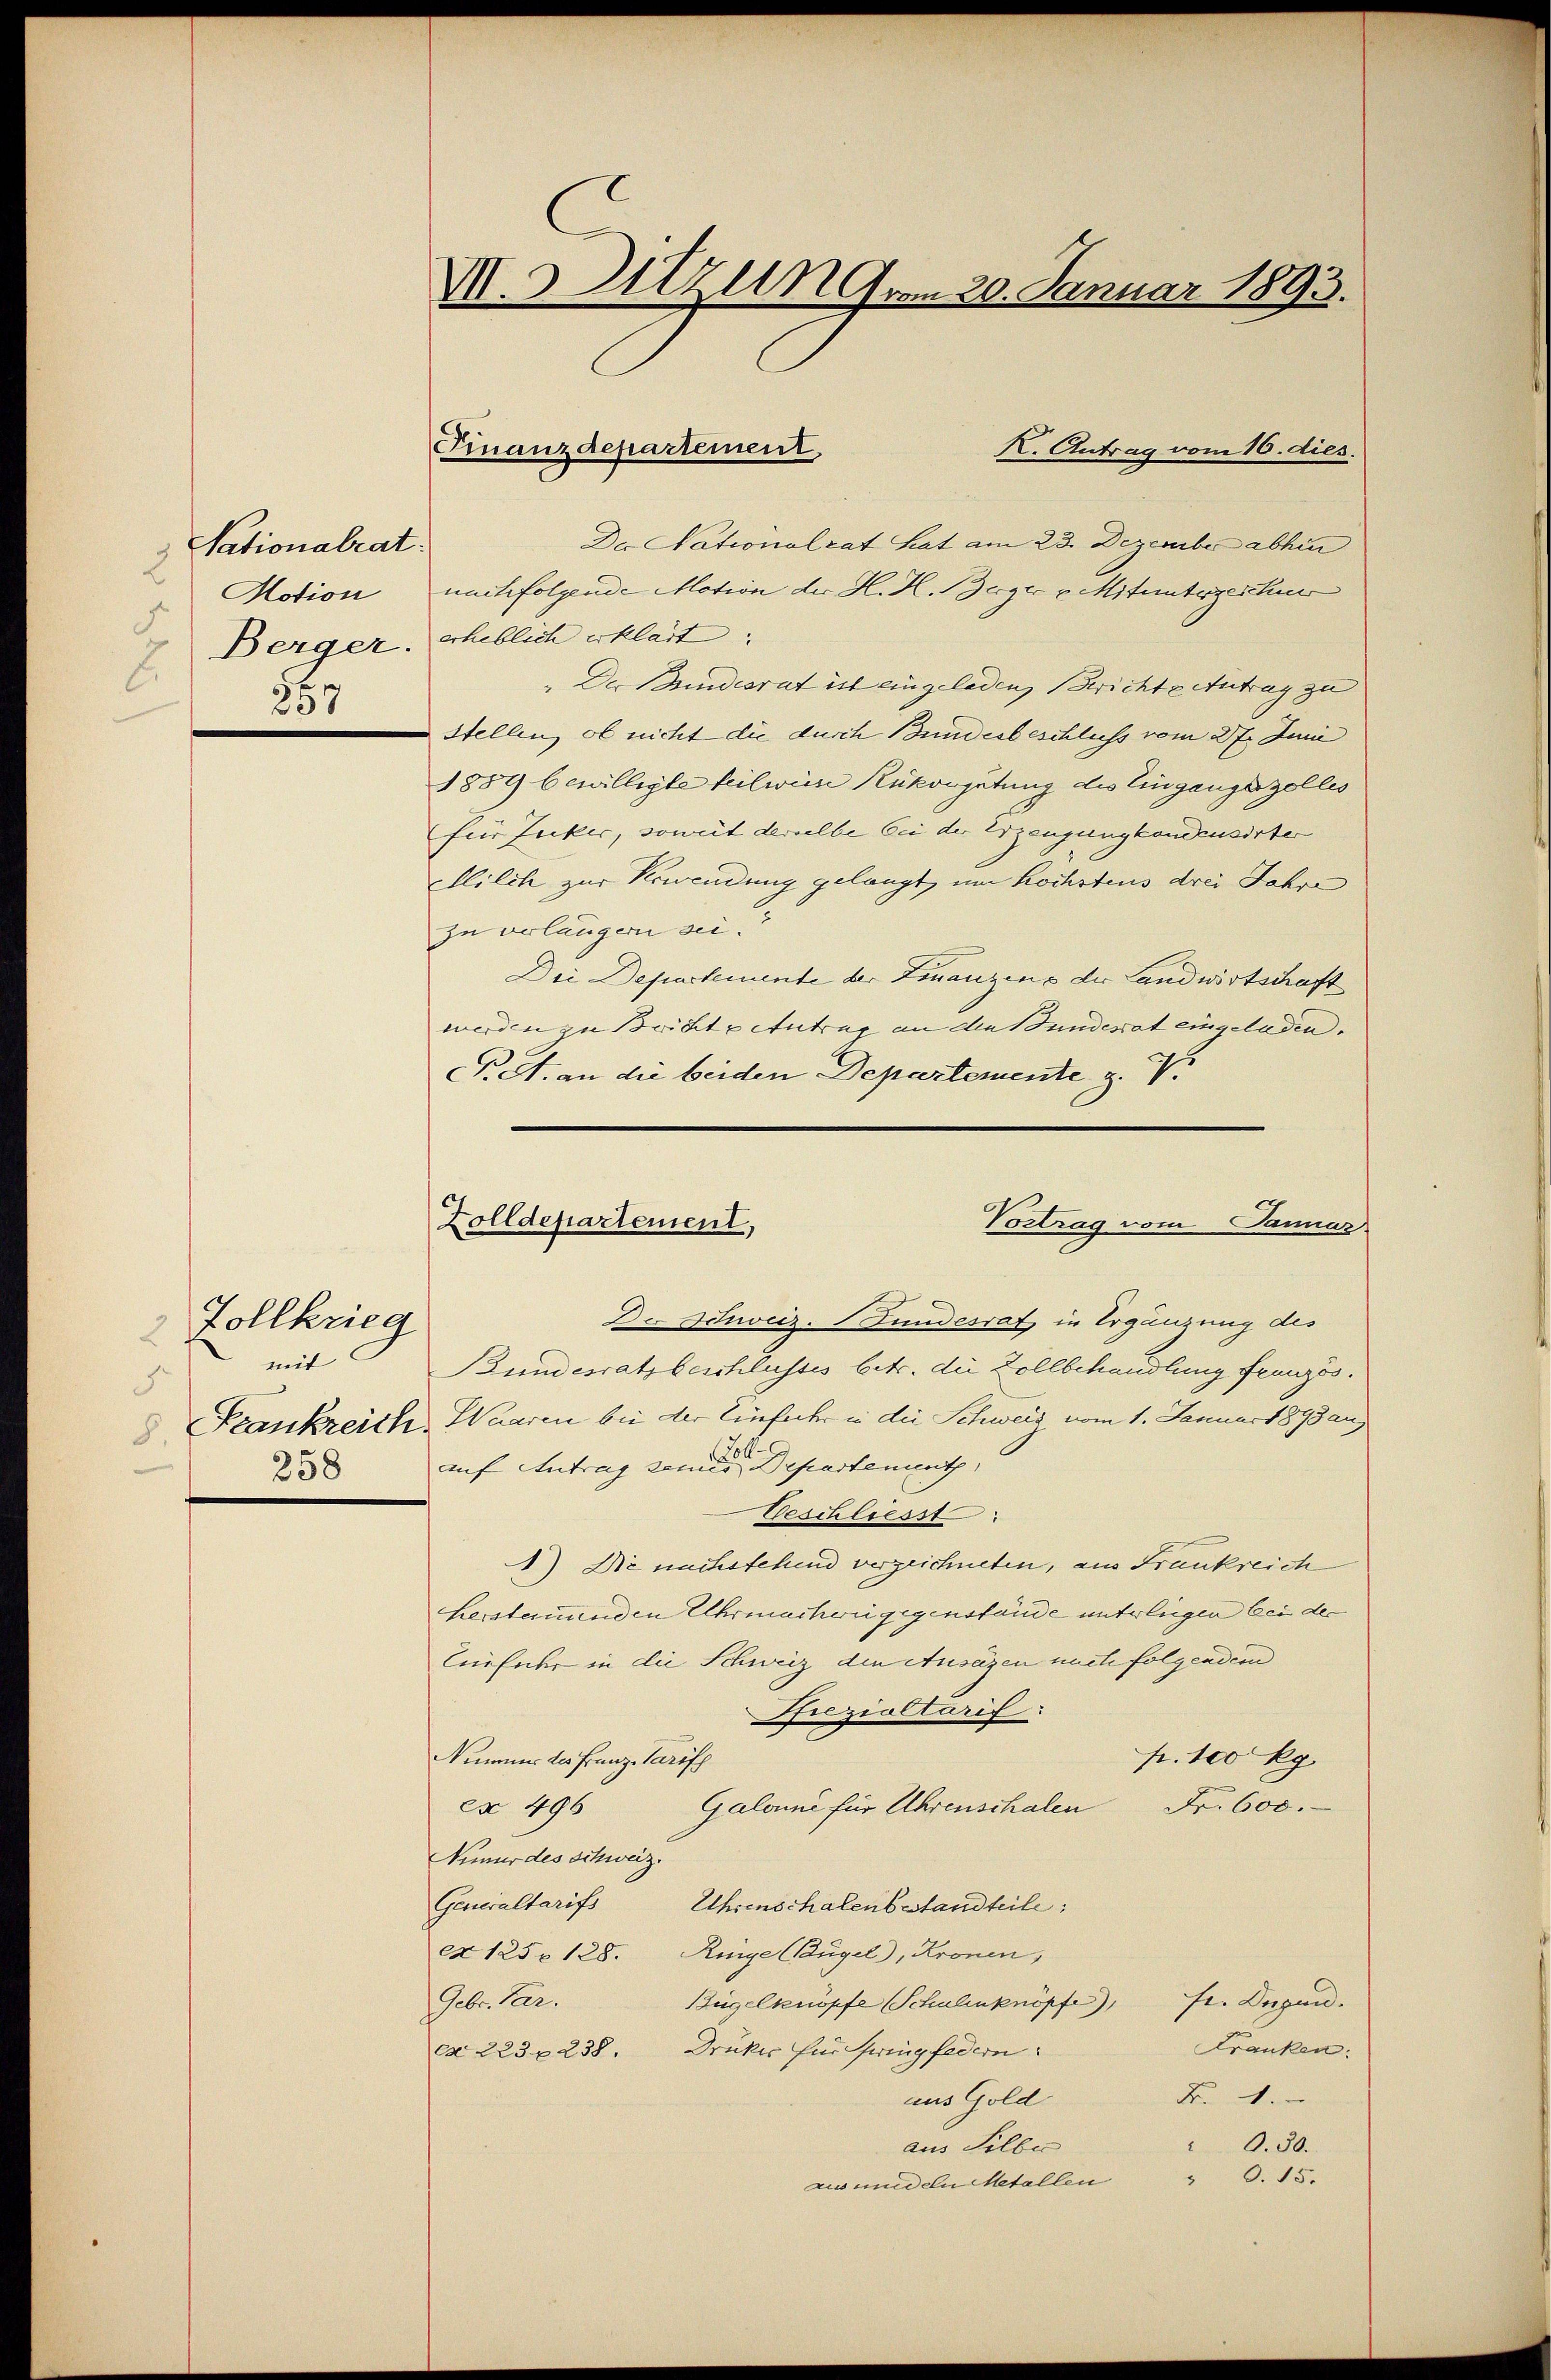
Sationalrat.
Motion
5
257

Zollkrieg
2
mit
5
258

VII. Utzen am 20. Januar 1893.

Der Nationalrat hat am 23. Dezember abhin
nachfolgende Motion der H. H. erger v. Mitunterzeschu
7. Berger. erheblich erklärt; |
" Der Bundesrat ist eingeladen Berichte Antrag zu |
Stellen, ob nicht die durch Bundesbeschluss vom 27. Juni
1889 bewilligte teilweise Rükorgütung des Eingangszelles
für Zucker, somit derselbe bei der Erzeugung komusirter
llilch zur Verwendung gelangt, um höchstens drei Jahre
zu verlängern sei.
Die Departemente der Emanzens der Landwirtschaft
werden zu Brichte Antrag an die Bunderat eingeladen.
Pet. an die beiden Departemente z. V.

Finanzdepartement

K. Antrag vom 16. dies.

Vortrag vom Januar
Zolldepartement,

De Schweiz. Bundesrat in Ergänzung des
Bundesrath beschlusses betr. die Zollbehandlung französ.
8 Frankreich Waaren bei der Einfache in die Schweiz vom 1. Januar 1893 aug
auf Antrag seine er der Departement,
Geschliesst
) Die nachstehend verzeichneten, aus Frankreich
herstamenden Uhrmacherii gegenstände unterliegen bei der
Einfuhr in die Schweiz den Ansäzen nach folgendem
Przialtarif:
pr. 100 kg
Nimmer des Franz-Tarifch
Galomni für Uhrenschalen
Fr. 600.
cx 496
Nummer des schweiz.
Generaltarifs Uhrenschalenbestandteile:
ex 1250 128. Ringe (Bügel), Kronen,
Bügelknöpfe Schulenknöpfe), Fr. Dugan.
Gebr. Par.
Franken:
ex. 223, 238. Druker für ringfedern:
Fr. 1.
aus Gold
aus Silbe
O.50.
 O. 15.
zin unden Metallen